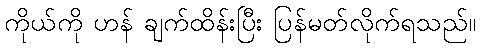
ကိုယ်ကို ဟန် ချက်ထိန်းပြီး ပြန်မတ်လိုက်ရသည်။